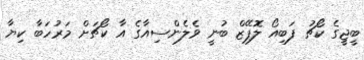
ބީޖީގެ ކޯޗު ފަބިއޯ ލޮޕޭޒް ބުނީ ވެލެންސިއާގެ އާ ކޯޗަށް މަރުހަބާ ކިޔާ